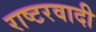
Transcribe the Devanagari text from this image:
राष्टरवादी